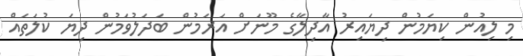
މި ލިއުން ކިޔަމުން ދިޔައިރު އާދިލާގެ މޫނަށް އަރަމުން ބަދަލުވަމުން ދިޔަ ކުލަތައް